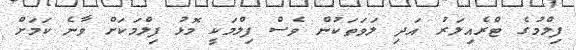
ފިލްމުގެ ޓްރެއިލަރު އަދި ލަވަތަކުން ވެސް ފިލްމަކީ މޮޅު ފިލްމަކަށް ވާނެ ކަމަށް